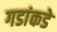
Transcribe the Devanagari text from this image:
गडांकडे